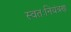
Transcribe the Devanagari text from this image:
स्वतःनियंत्रण